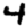
Digit: 4